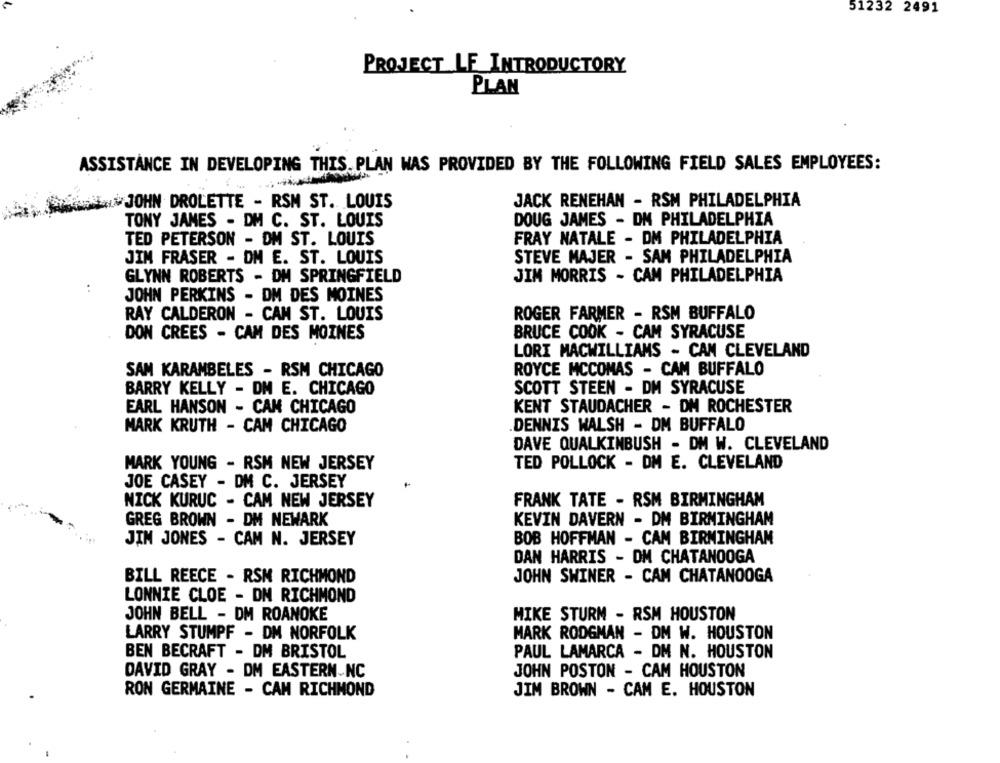
51232 2491
PROJECT LE INTRODUCTORY
PLAN
ASSISTANCE IN DEVELOPING THIS. PLAN WAS PROVIDED BY THE FOLLOWING FIELD SALES EMPLOYEES:
.JOHN DROLETTE - RSM ST. LOUIS
JACK RENEHAN - RSM PHILADELPHIA
DOUG JAMES - DM PHILADELPHIA
TONY JAMES - DM C. ST. LOUIS
TED PETERSON - DM ST. LOUIS
FRAY NATALE - DM PHILADELPHIA
JIM FRASER - DM E. ST. LOUIS
STEVE MAJER - SAM PHILADELPHIA
GLYNN ROBERTS - DM SPRINGFIELD
JIM MORRIS - CAM PHILADELPHIA
..
JOHN PERKINS - DM DES MOINES
RAY CALDERON - CAM ST. LOUIS
ROGER FARMER - RSM BUFFALO
DON CREES - CAM DES MOINES
BRUCE COOK - CAM SYRACUSE
LORI MACWILLIAMS - CAN CLEVELAND
SAM KARAMBELES - RSM CHICAGO
ROYCE MCCOMAS - CAM BUFFALO
SCOTT STEEN - DM SYRACUSE
BARRY KELLY - DM E. CHICAGO
EARL HANSON - CAM CHICAGO
KENT STAUDACHER - DM ROCHESTER
MARK KRUTH - CAM CHICAGO
.DENNIS WALSH - DM BUFFALO
DAVE QUALKINBUSH - DM W. CLEVELAND
MARK YOUNG - RSM NEW JERSEY
TED POLLOCK - DM E. CLEVELAND
JOE CASEY - DM C. JERSEY
NICK KURUC - CAM NEW JERSEY
FRANK TATE - RSM BIRMINGHAM
GREG BROWN - DM NEWARK
KEVIN DAVERN - DM BIRMINGHAM
JIM JONES - CAM N. JERSEY
BOB HOFFMAN - CAM BIRMINGHAM
DAN HARRIS - DM CHATANOOGA
BILL REECE - RSM RICHMOND
JOHN SWINER - CAM CHATANOOGA
LONNIE CLOE - DN RICHMOND
JOHN BELL - DM ROANOKE
MIKE STURM - RSM HOUSTON
LARRY STUMPF - DM NORFOLK
MARK RODGMAN - DM W. HOUSTON
BEN BECRAFT - DM BRISTOL
PAUL LAMARCA - DM N. HOUSTON
DAVID GRAY - DM EASTERN NC
JOHN POSTON - CAM HOUSTON
RON GERMAINE - CAM RICHMOND
JIM BROWN - CAM E. HOUSTON